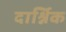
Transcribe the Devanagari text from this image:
दार्श्निक